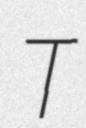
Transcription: T